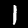
Label: 1